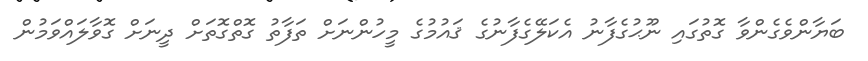
ބަޔާންވެގެންވާ ގޮތުގައި ނޫޙުގެފާނު އެކަލޭގެފާނުގެ ޤައުމުގެ މީހުންނަށް ތަފާތު ގޮތްގޮތަށް ދީނަށް ގޮވާލައްވަމުން